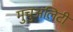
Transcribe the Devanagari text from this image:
मुचुअलिटी